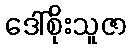
ဒေါ်စိုးသူဇာ